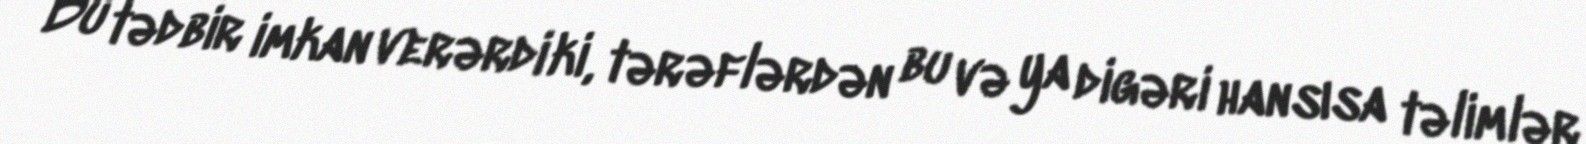
Bu tədbir imkan verərdi ki, tərəflərdən bu və ya digəri hansısa təlimlər